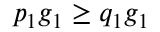
p _ { 1 } g _ { 1 } \geq q _ { 1 } g _ { 1 }